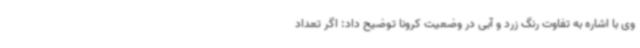
وی با اشاره به تفاوت رنگ زرد و آبی در وضعیت کرونا توضیح داد: اگر تعداد